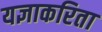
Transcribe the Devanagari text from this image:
यज्ञाकरिता